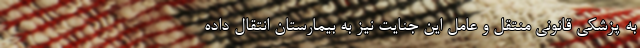
به پزشکی قانونی منتقل و عامل این جنایت نیز به بیمارستان انتقال داده